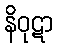
နိဝုဋာ